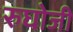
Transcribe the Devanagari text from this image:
रुघोजी